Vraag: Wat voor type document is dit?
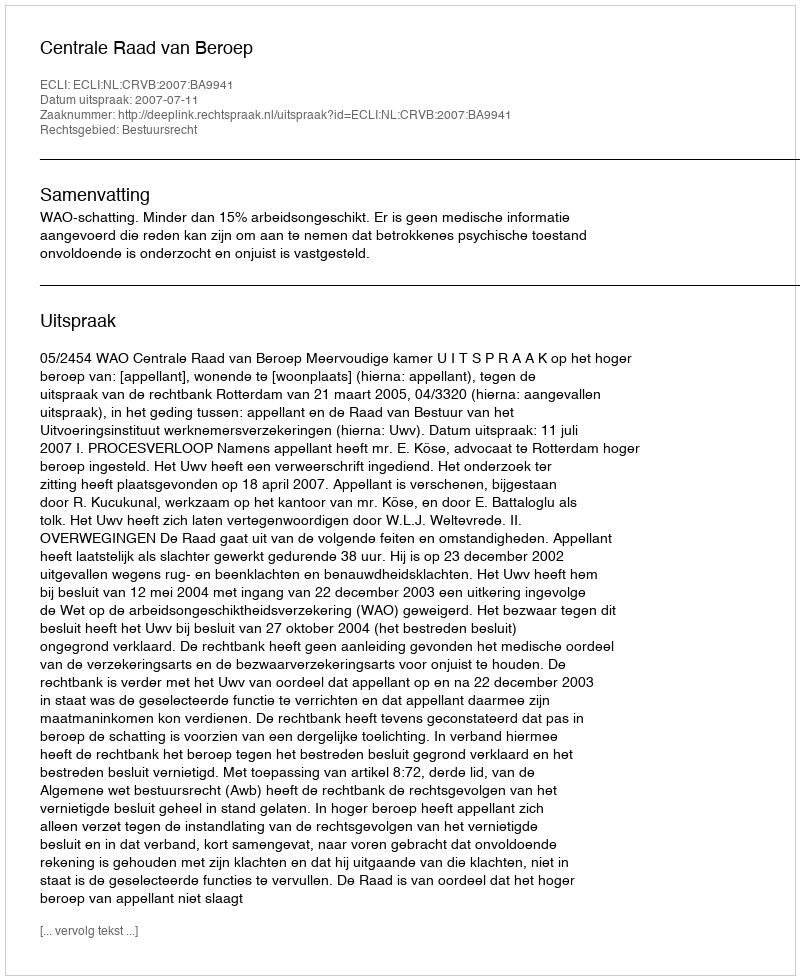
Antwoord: Uitspraak